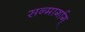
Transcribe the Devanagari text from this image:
सन्मार्गाग्